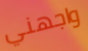
واجهني